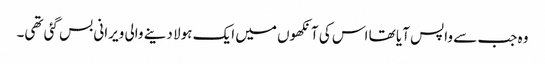
وہ جب سے واپس آیا تھا اس کی آنکھوں میں ایک ہولا دینے والی ویرانی بس گئی تھی۔